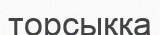
торсыққа